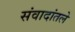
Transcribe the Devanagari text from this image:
संवादांतले